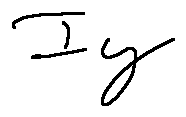
I y